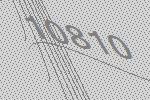
10810